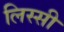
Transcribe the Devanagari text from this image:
लिस्सी